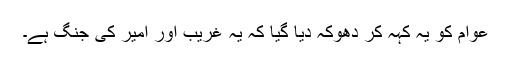
عوام کو یہ کہہ کر دھوکہ دیا گیا کہ یہ غریب اور امیر کی جنگ ہے۔